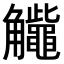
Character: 𧥕